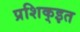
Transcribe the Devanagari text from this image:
प्रशिक्इत